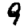
Digit: 9